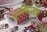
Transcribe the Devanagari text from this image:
प्रिवाडोस